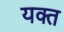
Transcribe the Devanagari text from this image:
यक्त